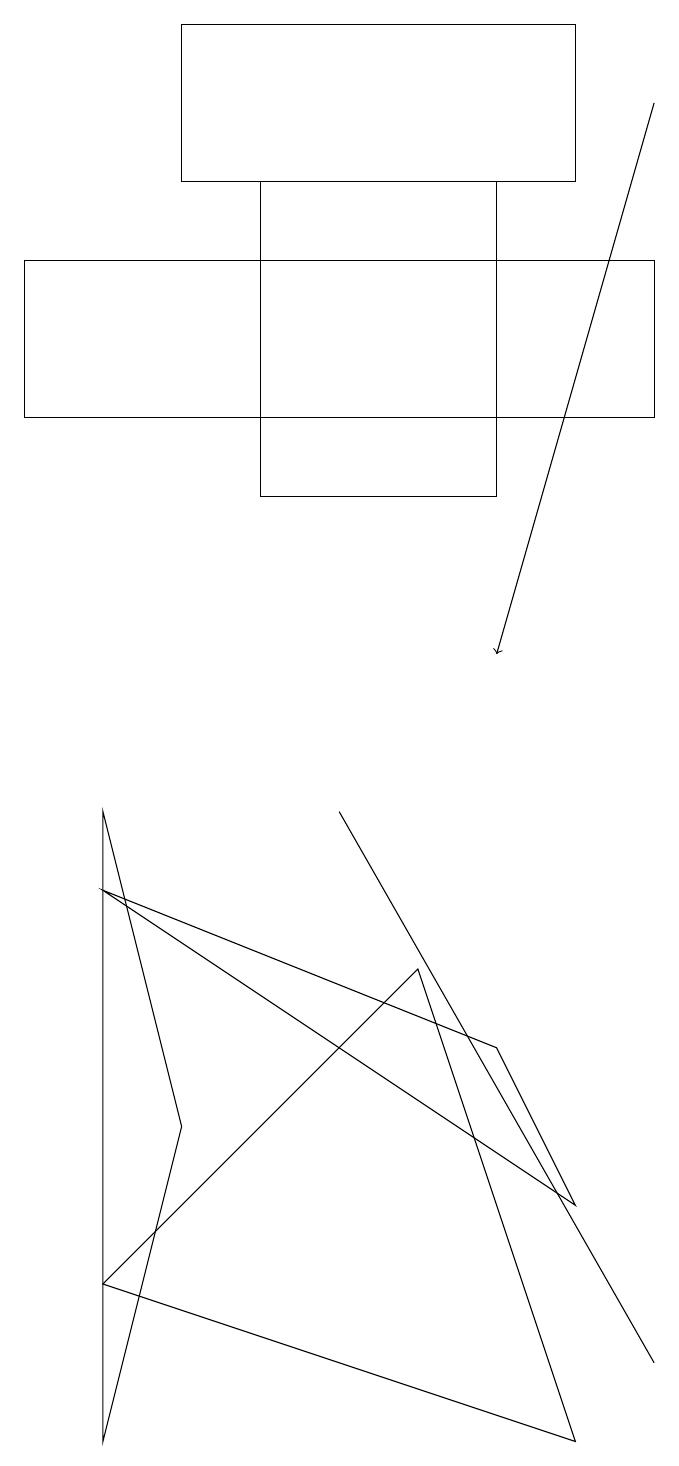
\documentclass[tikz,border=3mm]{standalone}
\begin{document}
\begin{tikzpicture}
\draw (7,17) rectangle (4,13);
\draw[->] (9,18) -- (7,11);
\draw (8,19) rectangle (3,17);
\draw (5,9) -- (5,9) -- (9,2) -- cycle;
\draw (8,4) -- (7,6) -- (2,8) -- cycle;
\draw (1,14) rectangle (9,16);
\draw (2,1) -- (3,5) -- (2,9) -- cycle;
\draw (2,3) -- (6,7) -- (8,1) -- cycle;
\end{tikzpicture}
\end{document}